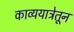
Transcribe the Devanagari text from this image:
काव्ययात्रेतून